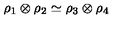
\rho _ { 1 } \otimes \rho _ { 2 } \simeq \rho _ { 3 } \otimes \rho _ { 4 }